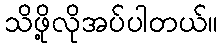
သိဖို့လိုအပ်ပါတယ်။